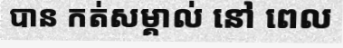
បាន កត់សម្គាល់ នៅ ពេល